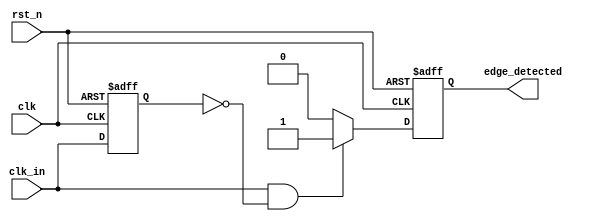
module rising_edge_detector (
    input wire clk,            // Clock signal
    input wire rst_n,         // Active-low reset signal
    input wire clk_in,        // Input signal to detect rising edge
    output reg edge_detected   // Output signal for rising edge detection
);

    // Registers to hold the current and previous states of the input signal
    reg clk_in_prev;

    // Always block to handle the edge detection logic
    always @(posedge clk or negedge rst_n) begin
        if (!rst_n) begin
            // Reset the previous state and output
            clk_in_prev <= 1'b0;
            edge_detected <= 1'b0;
        end else begin
            // Update the edge_detected output
            edge_detected <= (clk_in == 1'b1 && clk_in_prev == 1'b0) ? 1'b1 : 1'b0;
            // Update the previous state to the current state
            clk_in_prev <= clk_in;
        end
    end

endmodule